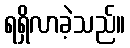
ရရှိလာခဲ့သည်။